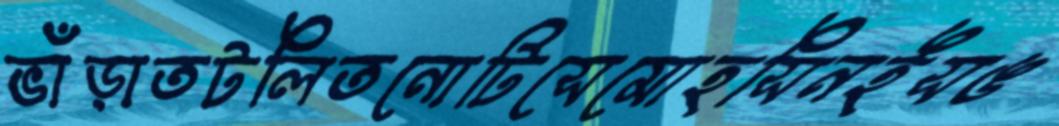
ভাঁড়াতটলিতনোটিসেমোহসিনইসঙ